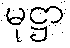
မုဋ္ဌာ